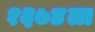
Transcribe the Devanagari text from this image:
१६७४ला